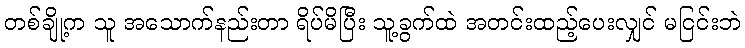
တစ်ချို့က သူ အသောက်နည်းတာ ရိပ်မိပြီး သူ့ခွက်ထဲ အတင်းထည့်ပေးလျှင် မငြင်းဘဲ